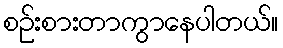
စဉ်းစားတာကွာနေပါတယ်။